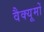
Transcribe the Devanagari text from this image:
वैक्यूमों